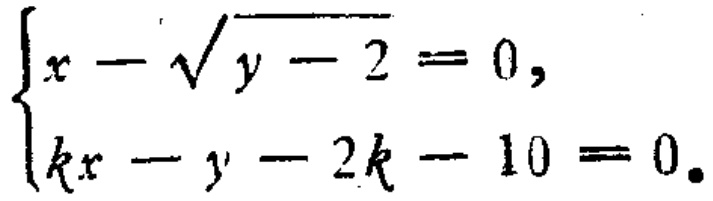
$\begin{cases}
x - \sqrt{y - 2} = 0, \\
kx - y - 2k - 10 = 0.
\end{cases}$